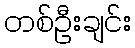
တစ်ဦးချင်း